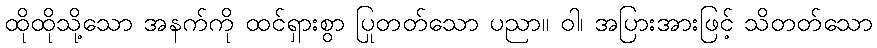
ထိုထိုသို့သော အနက်ကို ထင်ရှားစွာ ပြုတတ်သော ပညာ။ ဝါ၊ အပြားအားဖြင့် သိတတ်သော